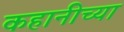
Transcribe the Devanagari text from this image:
कहानीच्या